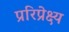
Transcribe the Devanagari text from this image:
प्ररिप्रेक्ष्य